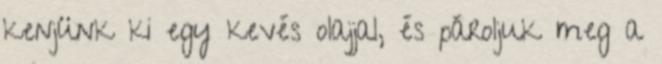
kenjünk ki egy kevés olajjal, és pároljuk meg a